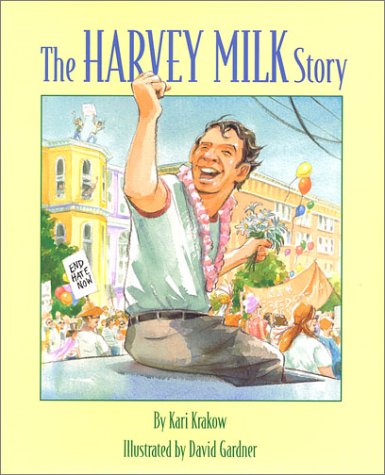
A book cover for The Harvey Milk Story; Kari Krakow; Teen & Young Adult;